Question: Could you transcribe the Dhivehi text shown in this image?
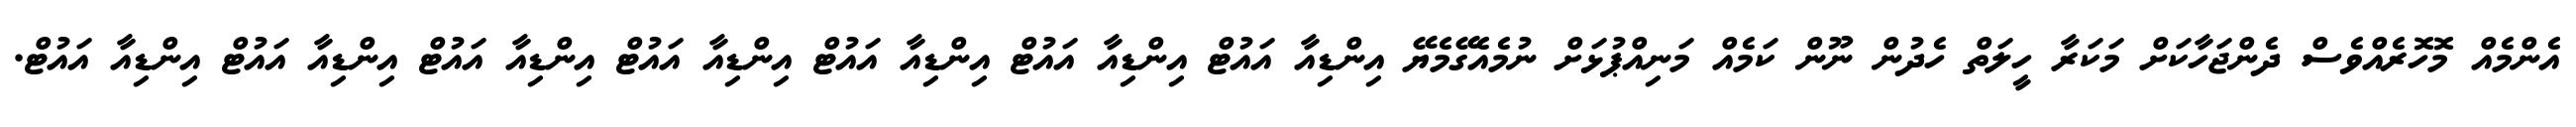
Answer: އެންމެއް މޮހޮރެއްވެސް ދެންޖަހާކަށް މަކަރާ ހީލަތް ހެދުން ނޫން ކަމެއް މަނިއްޕުޅަށް ނުމެއެގޭމެޔޭ އިންޑިއާ އައުޓް އިންޑިއާ އައުޓް އިންޑިއާ އައުޓް އިންޑިއާ އައުޓް އިންޑިއާ އައުޓް އިންޑިއާ އައުޓް އިންޑިއާ އައުޓް.